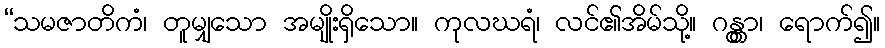
“သမဇာတိကံ၊ တူမျှသော အမျိုးရှိသော။ ကုလဃရံ၊ လင်၏အိမ်သို့။ ဂန္တွာ၊ ရောက်၍။